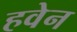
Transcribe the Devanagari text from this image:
हवेन